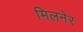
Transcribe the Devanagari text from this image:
मिलनेर